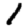
Digit: 1